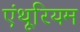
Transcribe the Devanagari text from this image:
एंथूरियम